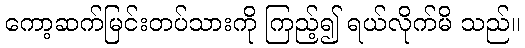
ကော့ဆက်မြင်းတပ်သားကို ကြည့်၍ ရယ်လိုက်မိ သည်။